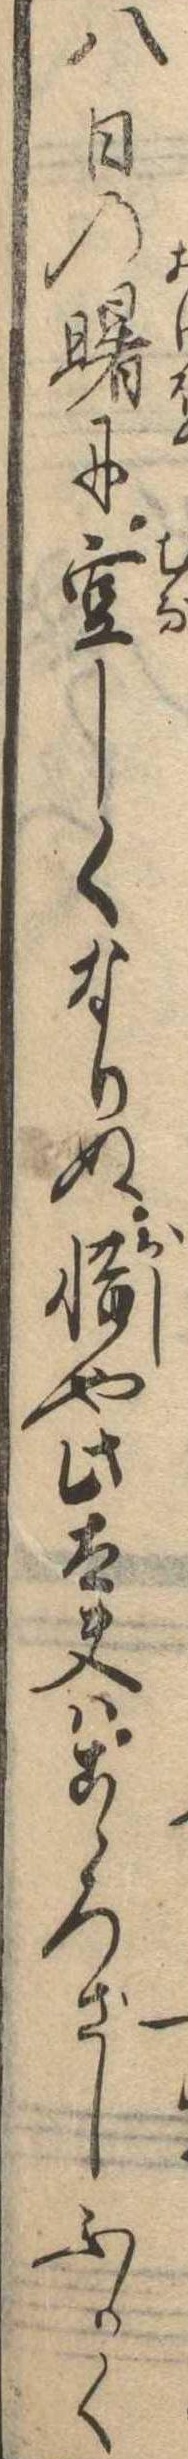
八日の曙に空しくなりぬ惜や此太夫はこゝろざしふかく